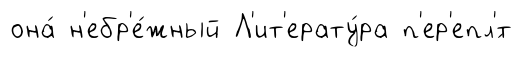
она́ н'ебр'е́жный Л'ит'ерату́ра п'ер'епл'́т